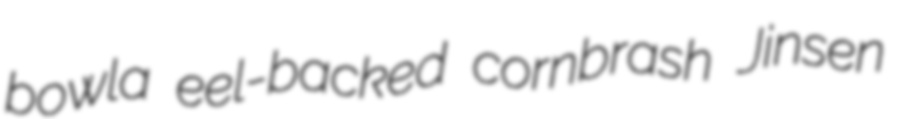
bowla eel-backed cornbrash Jinsen